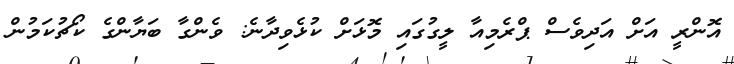
އޮންރީ އަށް އަދިވެސް ޕްރެމިއާ ލީގުގައި މޮޅަށް ކުޅެވިދާނެ: ވެންގާ ބަޔާންގެ ކޯޗުކަމުން